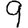
Digit: 9